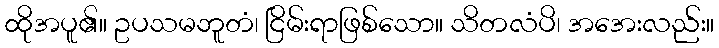
ထိုအပူ၏။ ဥပသမဘူတံ၊ ငြိမ်းရာဖြစ်သော။ သိတလံပိ၊ အအေးလည်း။